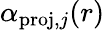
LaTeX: \alpha_{\mathrm{proj},j}(r)